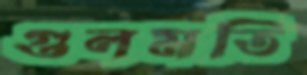
গুলমতি